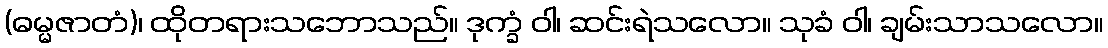
(ဓမ္မဇာတံ)၊ ထိုတရားသဘောသည်။ ဒုက္ခံ ဝါ၊ ဆင်းရဲသလော။ သုခံ ဝါ၊ ချမ်းသာသလော။